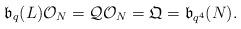
LaTeX: \begin{align*}\mathfrak{b}_{q}(L)\mathcal{O}_N=\mathcal{Q}\mathcal{O}_N=\mathfrak{Q}=\mathfrak{b}_{q^4}(N).\end{align*}